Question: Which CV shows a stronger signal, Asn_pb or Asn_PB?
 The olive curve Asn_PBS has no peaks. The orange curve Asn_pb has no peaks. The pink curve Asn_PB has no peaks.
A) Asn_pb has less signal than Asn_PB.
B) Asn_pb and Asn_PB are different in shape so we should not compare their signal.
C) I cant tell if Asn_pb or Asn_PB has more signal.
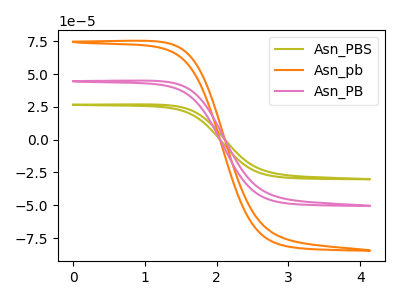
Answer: <think>Neither "Asn_pb" or "Asn_PB" have any peaks.
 </think>
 <answer>C) I cant tell if "Asn_pb" or "Asn_PB" has more signal.</answer>
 <eval>C</eval>